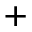
^ +